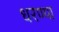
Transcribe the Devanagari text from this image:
धरण्या